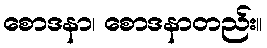
စောဒနာ၊ စောဒနာတည်း။